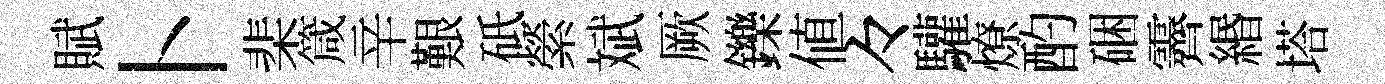
賦卜棐箴辛艱砥縈斌厥鑠値々驩燎酌硱霽緡塔